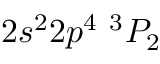
{ 2 s ^ { 2 } 2 p ^ { 4 } ~ ^ { 3 } P _ { 2 } }